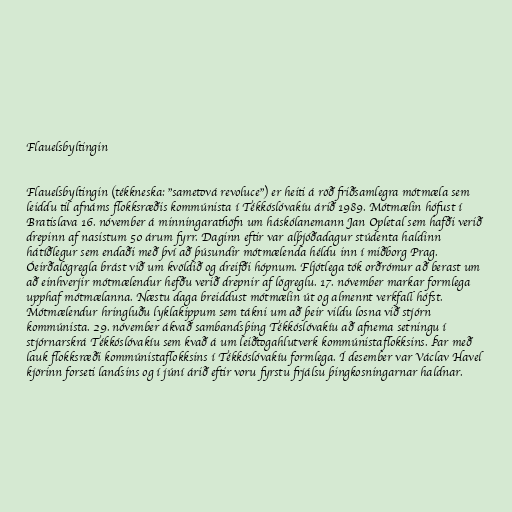
Flauelsbyltingin

Flauelsbyltingin (tékkneska: "sametová revoluce") er heiti á röð friðsamlegra mótmæla sem
leiddu til afnáms flokksræðis kommúnista í Tékkóslóvakíu árið 1989. Mótmælin hófust í
Bratislava 16. nóvember á minningarathöfn um háskólanemann Jan Opletal sem hafði verið
drepinn af nasistum 50 árum fyrr. Daginn eftir var alþjóðadagur stúdenta haldinn
hátíðlegur sem endaði með því að þúsundir mótmælenda héldu inn í miðborg Prag.
Óeirðalögregla brást við um kvöldið og dreifði hópnum. Fljótlega tók orðrómur að berast um
að einhverjir mótmælendur hefðu verið drepnir af lögreglu. 17. nóvember markar formlega
upphaf mótmælanna. Næstu daga breiddust mótmælin út og almennt verkfall hófst.
Mótmælendur hringluðu lyklakippum sem tákni um að þeir vildu losna við stjórn
kommúnista. 29. nóvember ákvað sambandsþing Tékkóslóvakíu að afnema setningu í
stjórnarskrá Tékkóslóvakíu sem kvað á um leiðtogahlutverk kommúnistaflokksins. Þar með
lauk flokksræði kommúnistaflokksins í Tékkóslóvakíu formlega. Í desember var Václav Havel
kjörinn forseti landsins og í júní árið eftir voru fyrstu frjálsu þingkosningarnar haldnar.